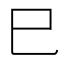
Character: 巳